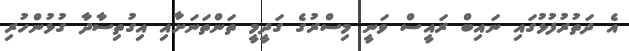
އެ ދަތުރުފުޅުގައި ނައިބް ރައީސް ވަނީ މިސްރުގެ ގަދީމީ ތަންތަނަށާއި އިގުތިސާދާ ގުޅުންހުރި